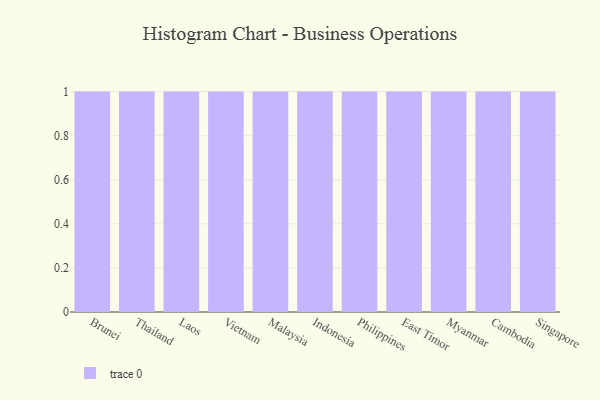
{"axis": {"x": "Country", "y": "Website Visitors"}, "legend": [""], "data": [{"x": "Brunei", "y": 19, "type": ""}, {"x": "Thailand", "y": 47, "type": ""}, {"x": "Laos", "y": 84, "type": ""}, {"x": "Vietnam", "y": 8, "type": ""}, {"x": "Malaysia", "y": 50, "type": ""}, {"x": "Indonesia", "y": 99, "type": ""}, {"x": "Philippines", "y": 83, "type": ""}, {"x": "East Timor", "y": 17, "type": ""}, {"x": "Myanmar", "y": 33, "type": ""}, {"x": "Cambodia", "y": 96, "type": ""}, {"x": "Singapore", "y": 28, "type": ""}]}